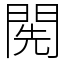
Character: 𨴐